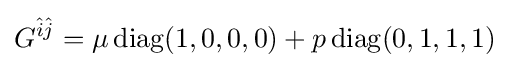
G^{{\hat {i}}{\hat {j}}}=\mu \operatorname {diag} (1,0,0,0)+p\operatorname {diag} (0,1,1,1)